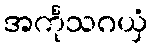
အင်္ကုသဂယှံ